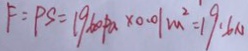
F = P S = 1 9 6 0 p a \times 0 . 0 1 m ^ { 2 } = 1 9 . 6 N